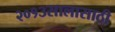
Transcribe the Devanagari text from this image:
२०१३सालासाठी